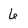
Character: 6